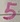
Text: 5